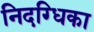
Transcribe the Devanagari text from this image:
निदग्धिका